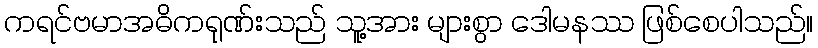
ကရင်ဗမာအဓိကရုဏ်းသည် သူ့အား များစွာ ဒေါမနဿ ဖြစ်စေပါသည်။